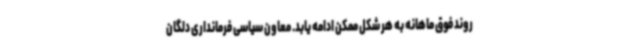
روند فوق ماهانه به هر شکل ممکن ادامه یابد. معاون سیاسی فرمانداری دلگان